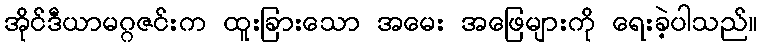
အိုင်ဒီယာမဂ္ဂဇင်းက ထူးခြားသော အမေး အဖြေများကို ရေးခဲ့ပါသည်။